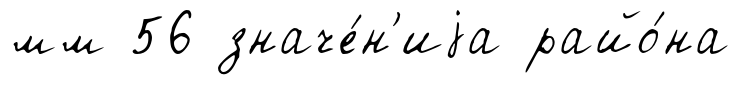
мм 56 значе́н'иjа райо́на